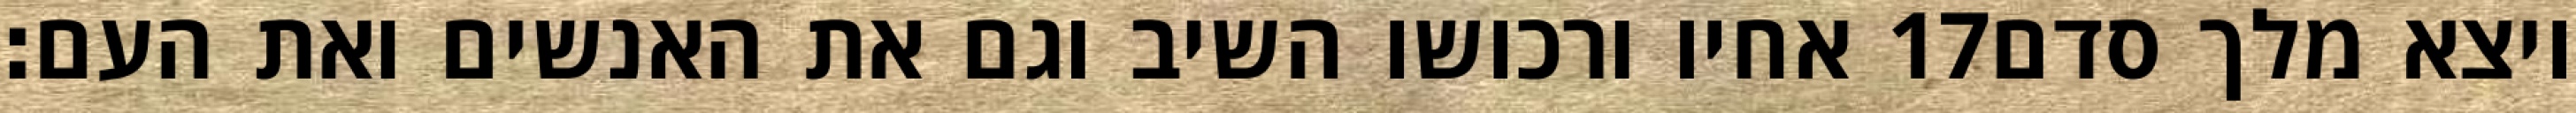
אחיו ורכושו השיב וגם את האנשים ואת העם׃ ‎17‏ ויצא מלך סדם